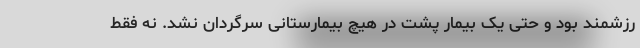
رزشمند بود و حتی یک بیمار پشت در هیچ بیمارستانی سرگردان نشد. نه فقط